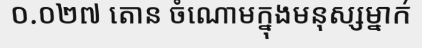
០.០២៧ តោន ចំណោមក្នុងមនុស្សម្នាក់